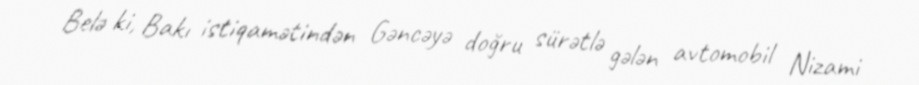
Belə ki, Bakı istiqamətindən Gəncəyə doğru sürətlə gələn avtomobil Nizami